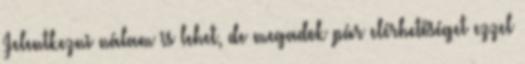
Jelentkezni nálam is lehet, de megadok pár elérhetőséget ezzel